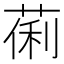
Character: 𬝒